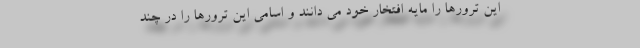
این ترورها را مایه افتخار خود می دانند و اسامی این ترورها را در چند